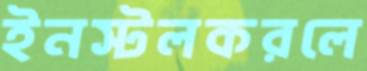
ইনস্টলকরলে